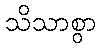
သိသာစွာ